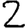
Digit: 2